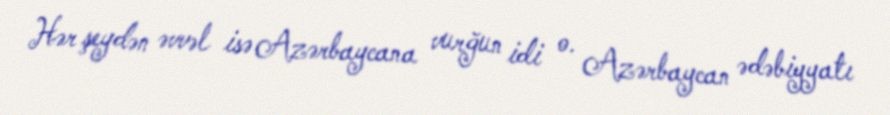
Hər şeydən əvvəl isə Azərbaycana vurğun idi o. Azərbaycan ədəbiyyatı